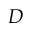
D